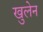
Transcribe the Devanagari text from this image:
खुलेन